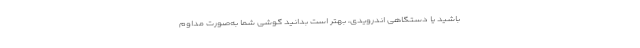
باشید یا دستگاهی اندرویدی، بهتر است بدانید گوشی شما به‌صورت مداوم